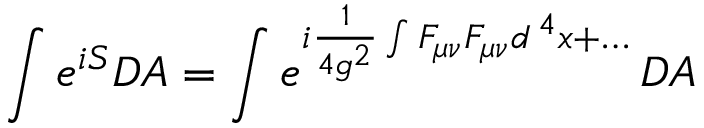
\int e ^ { i S } { \cal D } A = \int e ^ { i { \frac { 1 } { 4 g ^ { 2 } } } \int F _ { \mu \nu } F _ { \mu \nu } d ^ { \, 4 } x + \dots } \, { \cal D } A